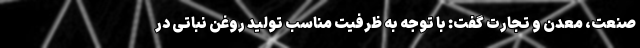
صنعت، معدن و تجارت گفت: با توجه به ظرفیت مناسب تولید روغن نباتی در